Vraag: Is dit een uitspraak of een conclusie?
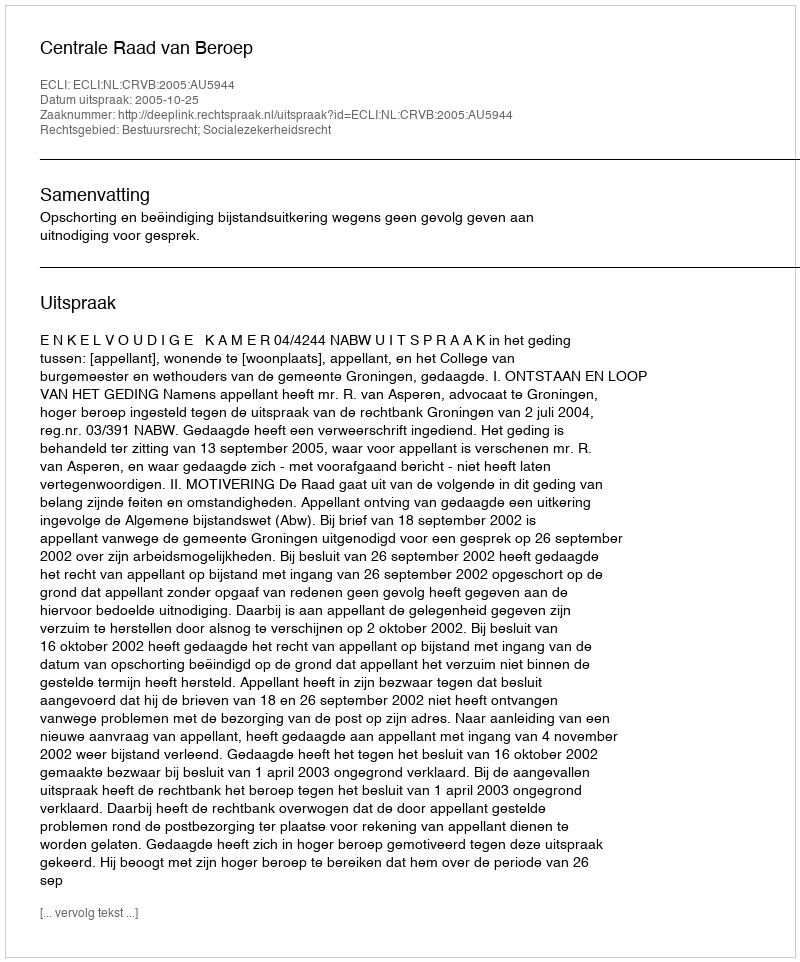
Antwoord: Uitspraak